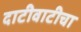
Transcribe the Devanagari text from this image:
दाटीवाटीचा